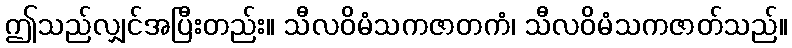
ဤသည်လျှင်အပြီးတည်း။ သီလဝိမံသကဇာတကံ၊ သီလဝိမံသကဇာတ်သည်။